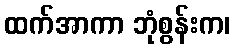
ထက်အာကာ ဘုံစွန်းက၊